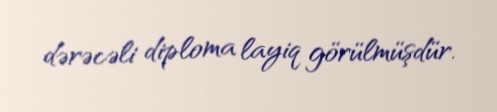
dərəcəli diploma layiq görülmüşdür.